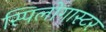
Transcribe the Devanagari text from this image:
स्पिलोगास्टर